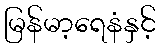
မြန်မာ့ရေနံနှင့်